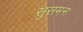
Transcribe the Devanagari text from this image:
सुसमन